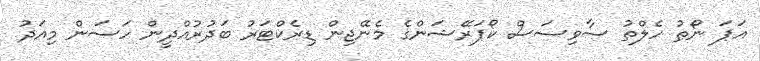
އަޕަ ނޯޠު ހެލްތު ސާވިސަސް ކޯޕަރޭޝަންގެ މެނޭޖިން ޑިރެކްޓަރު ބަދުރުއްދީން ހަސަން މިއަދު